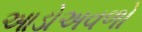
આડોઅવળો